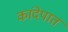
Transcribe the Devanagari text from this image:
कांदेपात